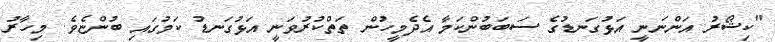
"ކިޝޯރު އަންނަނީ އަޅުގަނޑުގެ ސަބަބުންކަމާ އެދެމީހުން ތަތްކުރުވަނީ އަޅުގަނޑު ކަމުގައި ބުންޏެވެ. މިހާރު